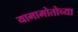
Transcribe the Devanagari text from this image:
यामामोतोच्या